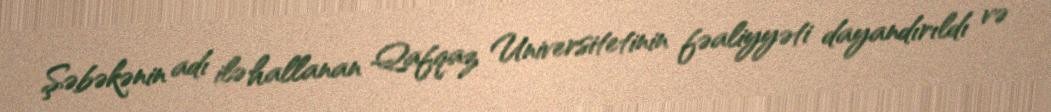
Şəbəkənin adı ilə hallanan Qafqaz Universitetinin fəaliyyəti dayandırıldı və